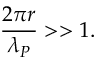
\frac { 2 \pi r } { \lambda _ { P } } > > 1 .